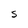
Character: S